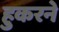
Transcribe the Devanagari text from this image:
हुकरने